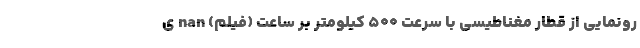
رونمایی از قطار مغناطیسی با سرعت 500 کیلومتر بر ساعت (فیلم) nan ی